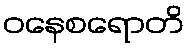
ဝနေစရောတိ